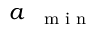
a _ { \mathrm { ~ { ~ \scriptsize ~ m ~ i ~ n ~ } ~ } }